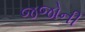
જજોની